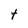
Character: t